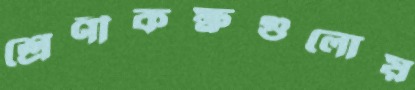
শ্রেণীকক্ষগুলোয়